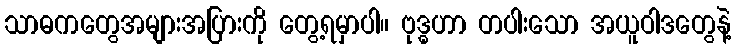
သာဓကတွေအများအပြားကို တွေ့ရမှာပါ။ ဗုဒ္ဓဟာ တပါးသော အယူဝါဒတွေနဲ့